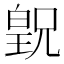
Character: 𪾂